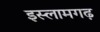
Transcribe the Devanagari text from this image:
इस्लामगढ़